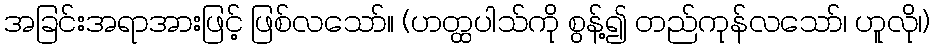
အခြင်းအရာအားဖြင့် ဖြစ်လသော်။ (ဟတ္ထပါသ်ကို စွန့်၍ တည်ကုန်လသော်၊ ဟူလို၊)